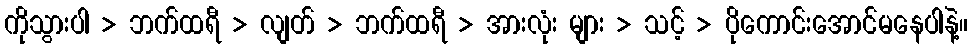
ကိုသွားပါ > ဘက်ထရီ > လျတ် > ဘက်ထရီ > အားလုံး များ > သင့် > ပိုကောင်းအောင်မနေပါနဲ့။